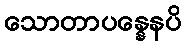
သောတာပန္နေနပိ